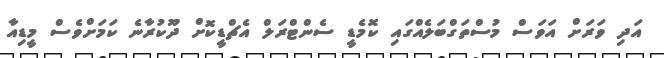
އަދި ވަރަށް އަވަސް މުސްތަގްބަލެއްގައި ކޮމެޑީ ސެންޓްރަލް އެޗްޑީކޮށް ދޫކުރާނެ ކަމަށްވެސް މީޑިއާ